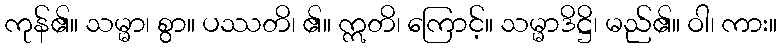
ကုန်၏။ သမ္မာ၊ စွာ။ ပဿတိ၊ ၏။ ဣတိ၊ ကြောင့်။ သမ္မာဒိဋ္ဌိ၊ မည်၏။ ဝါ၊ ကား။